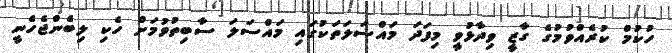
ހުކުމް ކުރެއްވުމުގެ ގާޒީ ވިދާޅުވީ މިފަދަ މައްސަލަތަކުގައި މައްސަލަ ސާބިތުވުމަށް ހެކި ލިބެންޖެހެނީ